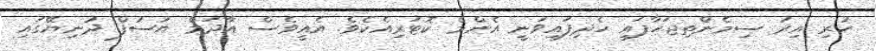
ހުރި އިރު ސިމެންތިޖަހާފައި ހެދިފައިވަނީ އެންމެ ކޮޓަރިއެކެވެ. އެއީވެސް އާދަމް ޔުސުފް ދުނިޔޭގައި